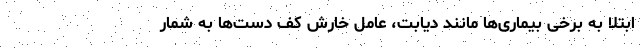
ابتلا به برخی بیماری‌ها مانند دیابت، عامل خارش کف دست‌ها به‌ شمار